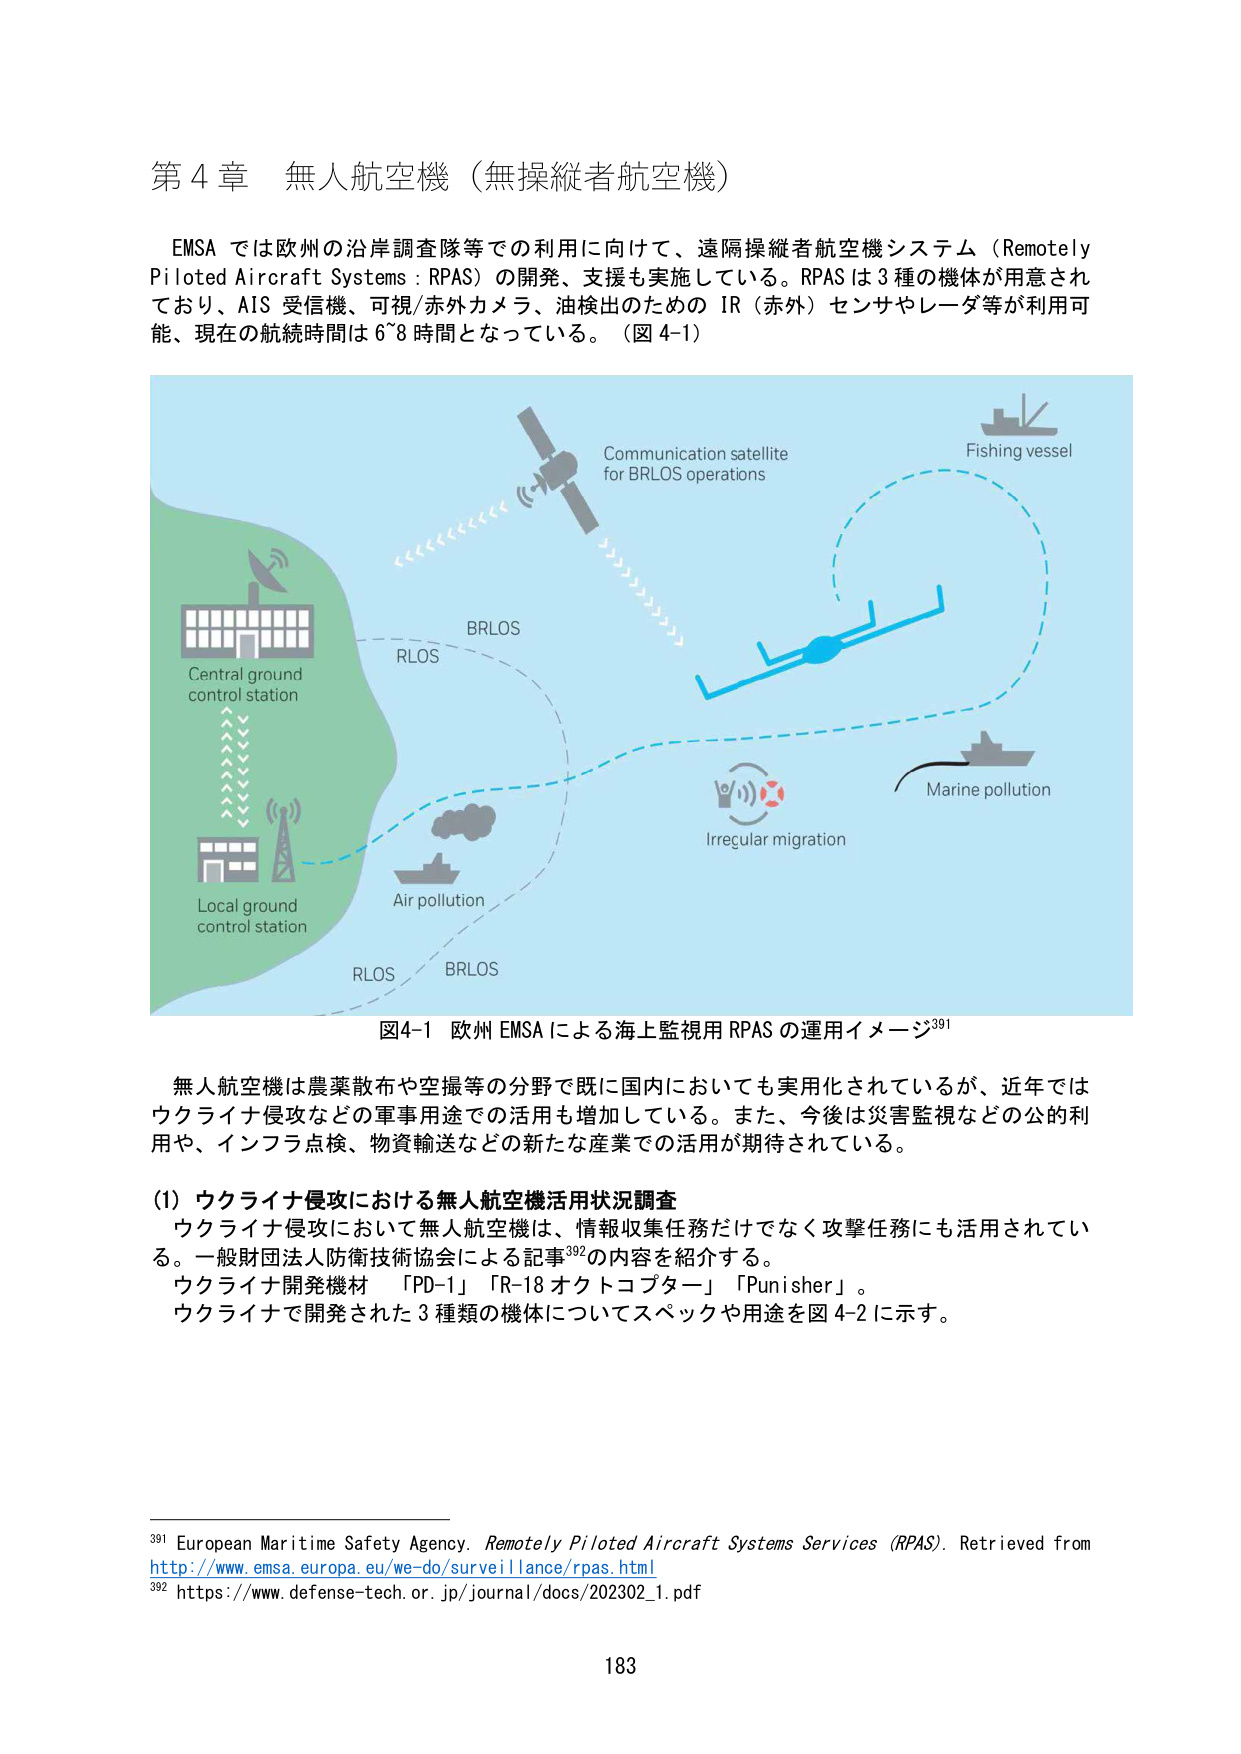
第４章 無人航空機（無操縦者航空機）

EMSA では欧州の沿岸調査隊等での利用に向けて、遠隔操縦者航空機システム（Remotely Piloted Aircraft Systems : RPAS）の開発、支援も実施している。RPAS は 3 種の機体が用意されており、AIS 受信機、可視/赤外カメラ、油検出のための IR（赤外）センサやレーダ等が利用可能、現在の航続時間は 6~8 時間となっている。（図 4-1）

Communication satellite for BRLOS operations
Fishing vessel
Central ground control station
BRLOS
RLOS
Local ground control station
Air pollution
RLOS
BRLOS
Marine pollution
Irregular migration

図4-1 欧州 EMSA による海上監視用 RPAS の運用イメージ391

無人航空機は農薬散布や空撮等の分野で既に国内においても実用化されているが、近年ではウクライナ侵攻などの軍事用途での活用も増加している。また、今後は災害監視などの公的利用や、インフラ点検、物資輸送などの新たな産業での活用が期待されている。

(1) ウクライナ侵攻における無人航空機活用状況調査
ウクライナ侵攻において無人航空機は、情報収集任務だけでなく攻撃任務にも活用されている。一般財団法人防衛技術協会による記事392の内容を紹介する。
ウクライナ開発機材 「PD-1」「R-18 オクトコプター」「Punisher」。
ウクライナで開発された 3 種類の機体についてスペックや用途を図 4-2 に示す。

391 European Maritime Safety Agency. Remotely Piloted Aircraft Systems Services (RPAS). Retrieved from http://www.emsa.europa.eu/we-do/surveillance/rpas.html
392 https://www.defense-tech.or.jp/journal/docs/202302_1.pdf

183